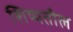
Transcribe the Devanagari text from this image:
शिष्यतील